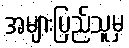
အများပြည်သူမှ